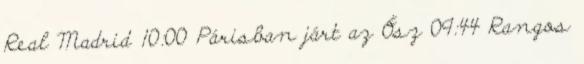
Real Madrid 10:00 Párisban járt az Ősz 09:44 Rangos